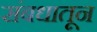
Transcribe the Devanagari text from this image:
संबधातून